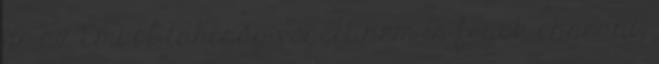
de az Emből tahóság végett nem is fogok engedni,